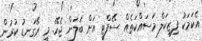
އެކަމަކު ފިޒިކަލް މަސައްކަތެއް ސޭފްޓީ އަށް ބަލަން ޖެހޭ. މީ ރޭގަނޑު ކުރުން